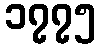
၁၇၇၅